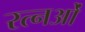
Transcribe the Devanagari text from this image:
रत्नओं